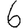
Digit: 6